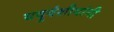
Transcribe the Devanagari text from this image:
यदुवंशीयांनी